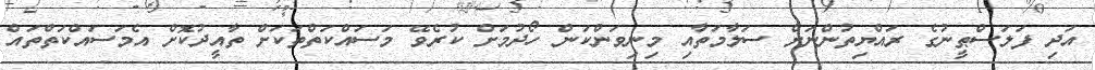
އަދި ފަލަސްޠީނުގެ ރައްޔިތުންނަށް ސަލާމަތާއި މިނިވަންކަން ހޯދުމަށް ކުރެވޭ މަސައްކަތްތަކަށް ތާއީދުކޮށް އެމަސައްކަތްތައް